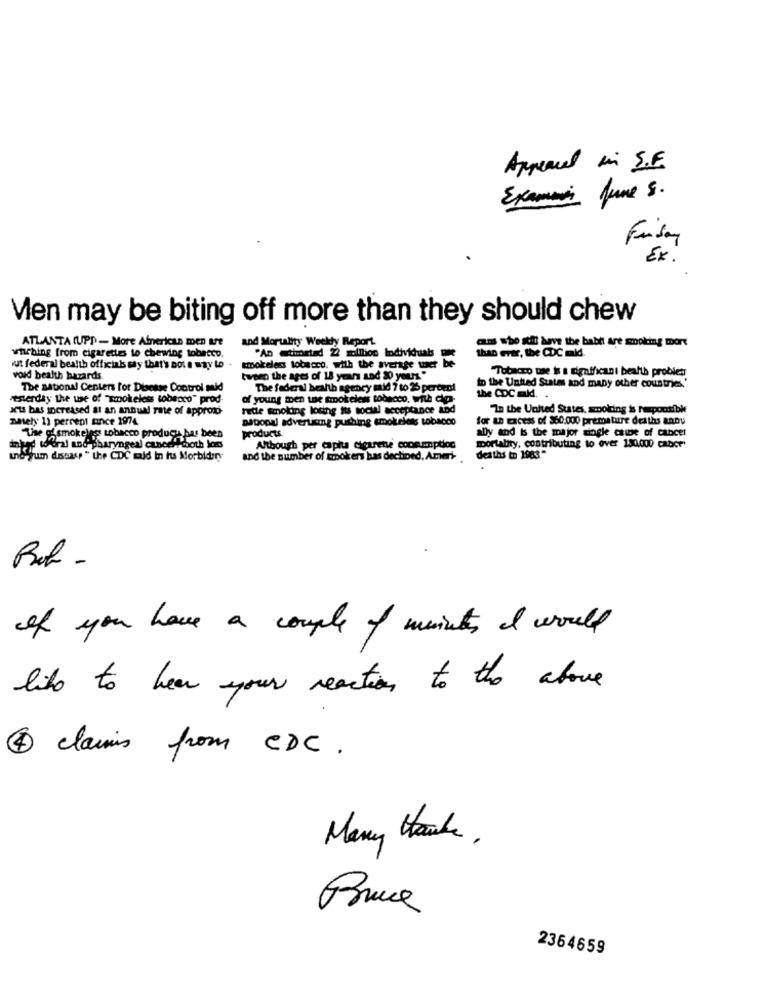
Appeared in S.F.
Examens fune s.
Friday
Ex.
Ven may be biting off more than they should chew
and Mortality Weekly Report.
ATLANTA (UPP - More Alnerican men are
cms who stil have the babtt are smoking more
whiching from cigarettes to chewing tobacco.
"An timetad 22 solllion Individuals
than ever, the CDC maid
wut federal bealth officials say that's not a way to
smokeless tobacco. with the average wer be-
"Tobacco use is a significant bealth probieti
void bealth hazards.
tweeo the ages of 18 years and 30 yours."
The national Centers for Disease Control mid
The federal health agency mid 7 to 25 percent
to the United States and many other countries.'
reserday the use of "smokeless tobacco" prod-
of young men toe smokeless tobacco, with die-
the CDC ald. .
art bas increased al an annual rate of approxi-
hetle smoking losing its social acceptance and
"La the United States, smoking is responsible
amely 1) percent since 1974
national advertising pushing smokeless tobacco
for an Excess of $60.000 premature deaths anou
products
ally and is the major single cause of cancer
The of smokelos tobacco product has been
inhas w'oral and pharyngeal cancellmooth loss
Although per capta cigarette consumption
mortality, contributing to over 130.000 caber
und yum dissase " the CDC majd in its Morbidery
and the number of smokers has declined, Amet-
deaths to 1983-
of you have a couple of months it would
like to hear your reaction to the above
4 claims from CDC.
Many Haute ,
2364659